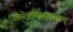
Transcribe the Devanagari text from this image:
आग्नेयमष्टाकपालम्